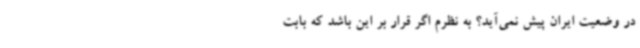
در وضعیت ایران پیش نمی‌آید؟ به نظرم اگر قرار بر این باشد که بابت